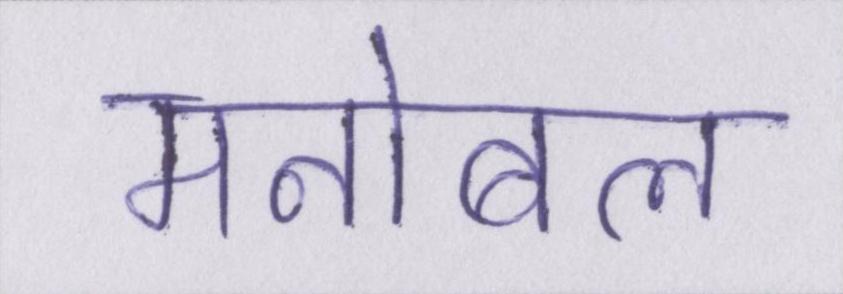
मनोबल